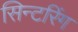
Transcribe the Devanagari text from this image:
सिन्टरिंग